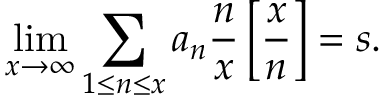
\operatorname* { l i m } _ { x \rightarrow \infty } \sum _ { 1 \leq n \leq x } a _ { n } { \frac { n } { x } } \left[ { \frac { x } { n } } \right] = s .